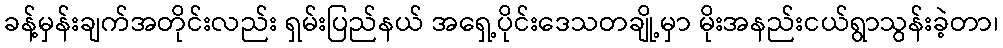
ခန့်မှန်းချက်အတိုင်းလည်း ရှမ်းပြည်နယ် အရှေ့ပိုင်းဒေသတချို့မှာ မိုးအနည်းငယ်ရွာသွန်းခဲ့တာ၊